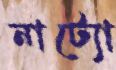
নাট্যো